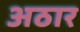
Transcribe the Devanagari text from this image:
अठार